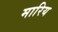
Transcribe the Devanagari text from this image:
मारिय